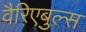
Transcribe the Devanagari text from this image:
वैरिएबुल्स